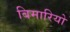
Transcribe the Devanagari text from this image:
बिमारियो